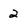
Character: 2